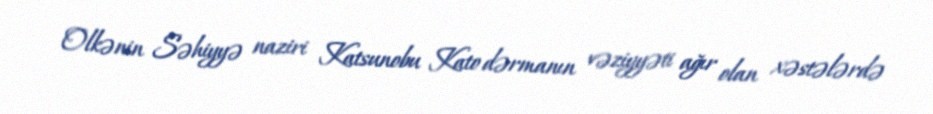
Olkənin Səhiyyə naziri Katsunobu Kato dərmanın vəziyyəti ağır olan xəstələrdə